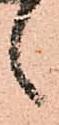
候